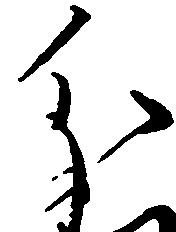
分